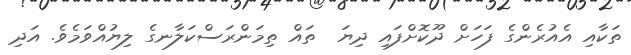
ތަކާއި އެއުރެންގެ ފަހަށް ދޫކޮށްފައި ދިޔަ  ތައް ތިމަންރަސްކަލާނގެ ލިޔުއްވަމެވެ. އަދި